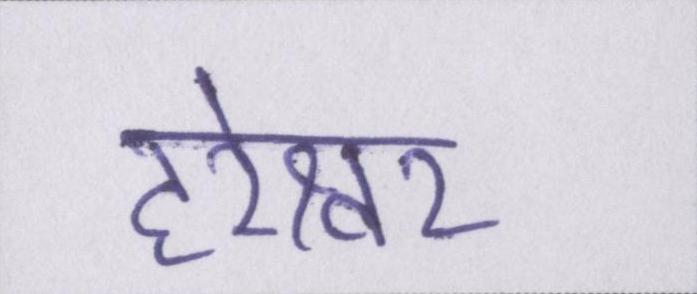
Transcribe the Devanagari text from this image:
हरेश्वर